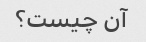
آن چیست؟